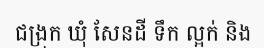
ជង្រុក ឃុំ សែនដី ទឹក ល្អក់ និង